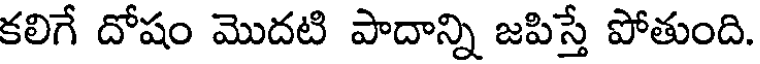
కలిగే దోషం మొదటి పాదాన్ని జపిస్తే పోతుంది.